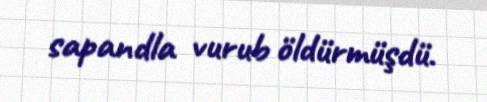
sapandla vurub öldürmüşdü.